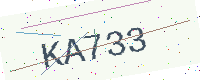
Text: KA733